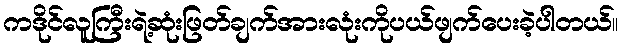
ကဒိုင်လူကြီးရဲ့ဆုံးဖြတ်ချက်အားလုံးကိုပယ်ဖျက်ပေးခဲ့ပါတယ်။